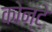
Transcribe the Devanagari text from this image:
कोन्टे